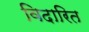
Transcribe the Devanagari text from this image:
विदारित